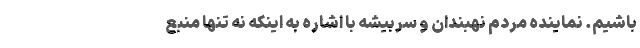
باشیم. نماینده مردم نهبندان و سربیشه با اشاره به اینکه نه تنها منبع